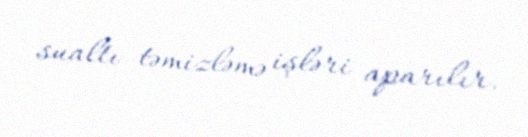
sualtı təmizləmə işləri aparılır.